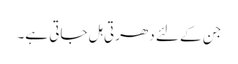
جن کے لئے دھرتی ہل جاتی ہے۔